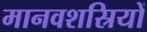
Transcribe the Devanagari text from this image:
मानवशस्रियों